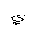
Letter: _ya